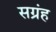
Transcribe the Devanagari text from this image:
सग्रंह